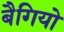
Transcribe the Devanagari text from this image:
बैगियो